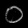
Digit: ၀